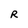
Character: R